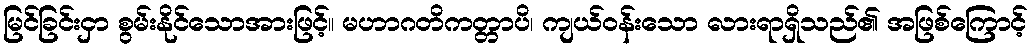
မြင်ခြင်းငှာ စွမ်းနိုင်သောအားဖြင့်။ မဟာဂတိကတ္တာပိ၊ ကျယ်ဝန်းသော လားရာရှိသည်၏ အဖြစ်ကြောင့်